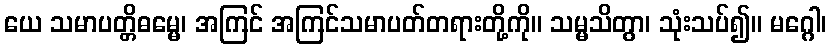
ယေ သမာပတ္တိဓမ္မေ၊ အကြင် အကြင်သမာပတ်တရားတို့ကို။ သမ္မသိတွာ၊ သုံးသပ်၍။ မဂ္ဂေါ၊